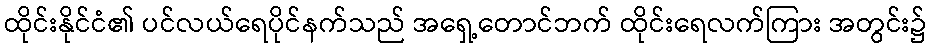
ထိုင်းနိုင်ငံ၏ ပင်လယ်ရေပိုင်နက်သည် အရှေ့တောင်ဘက် ထိုင်းရေလက်ကြား အတွင်း၌